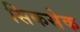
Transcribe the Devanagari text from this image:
सिकसेक